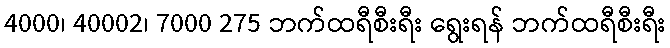
4000၊ 40002၊ 7000 275 ဘက်ထရီစီးရီး ရွေးရန် ဘက်ထရီစီးရီး